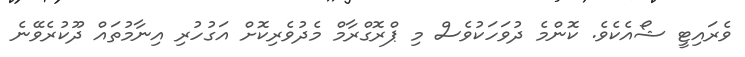
ވެރައިޓީ ޝޯއެކެވެ. ކޮންމެ ދުވަހަކުވެސް މި ޕްރޮގްރާމް މެދުވެރިކޮށް އަގުހުރި އިނާމުތައް ދޫކުރެވޭނެ